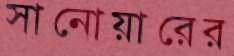
সানোয়ারের